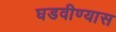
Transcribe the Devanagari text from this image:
घडवीण्यास